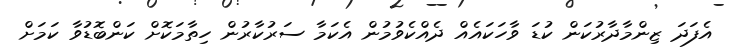
އެފަދަ ޒިންމާދާރުކަން ކުޑަ ވާހަކައެއް ދެއްކެވުމުން އެކަމާ ސަރުކާރުން ހިތާމަކޮށް ކަންބޮޑުވާ ކަމަށް